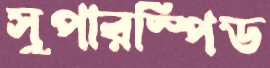
সুপারস্পিড